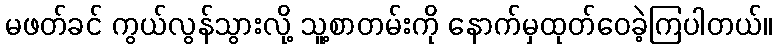
မဖတ်ခင် ကွယ်လွန်သွားလို့ သူ့စာတမ်းကို နောက်မှထုတ်ဝေခဲ့ကြပါတယ်။